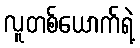
လူတစ်ယောက်ရဲ့